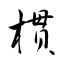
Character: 樌